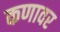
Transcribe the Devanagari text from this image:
कणावर